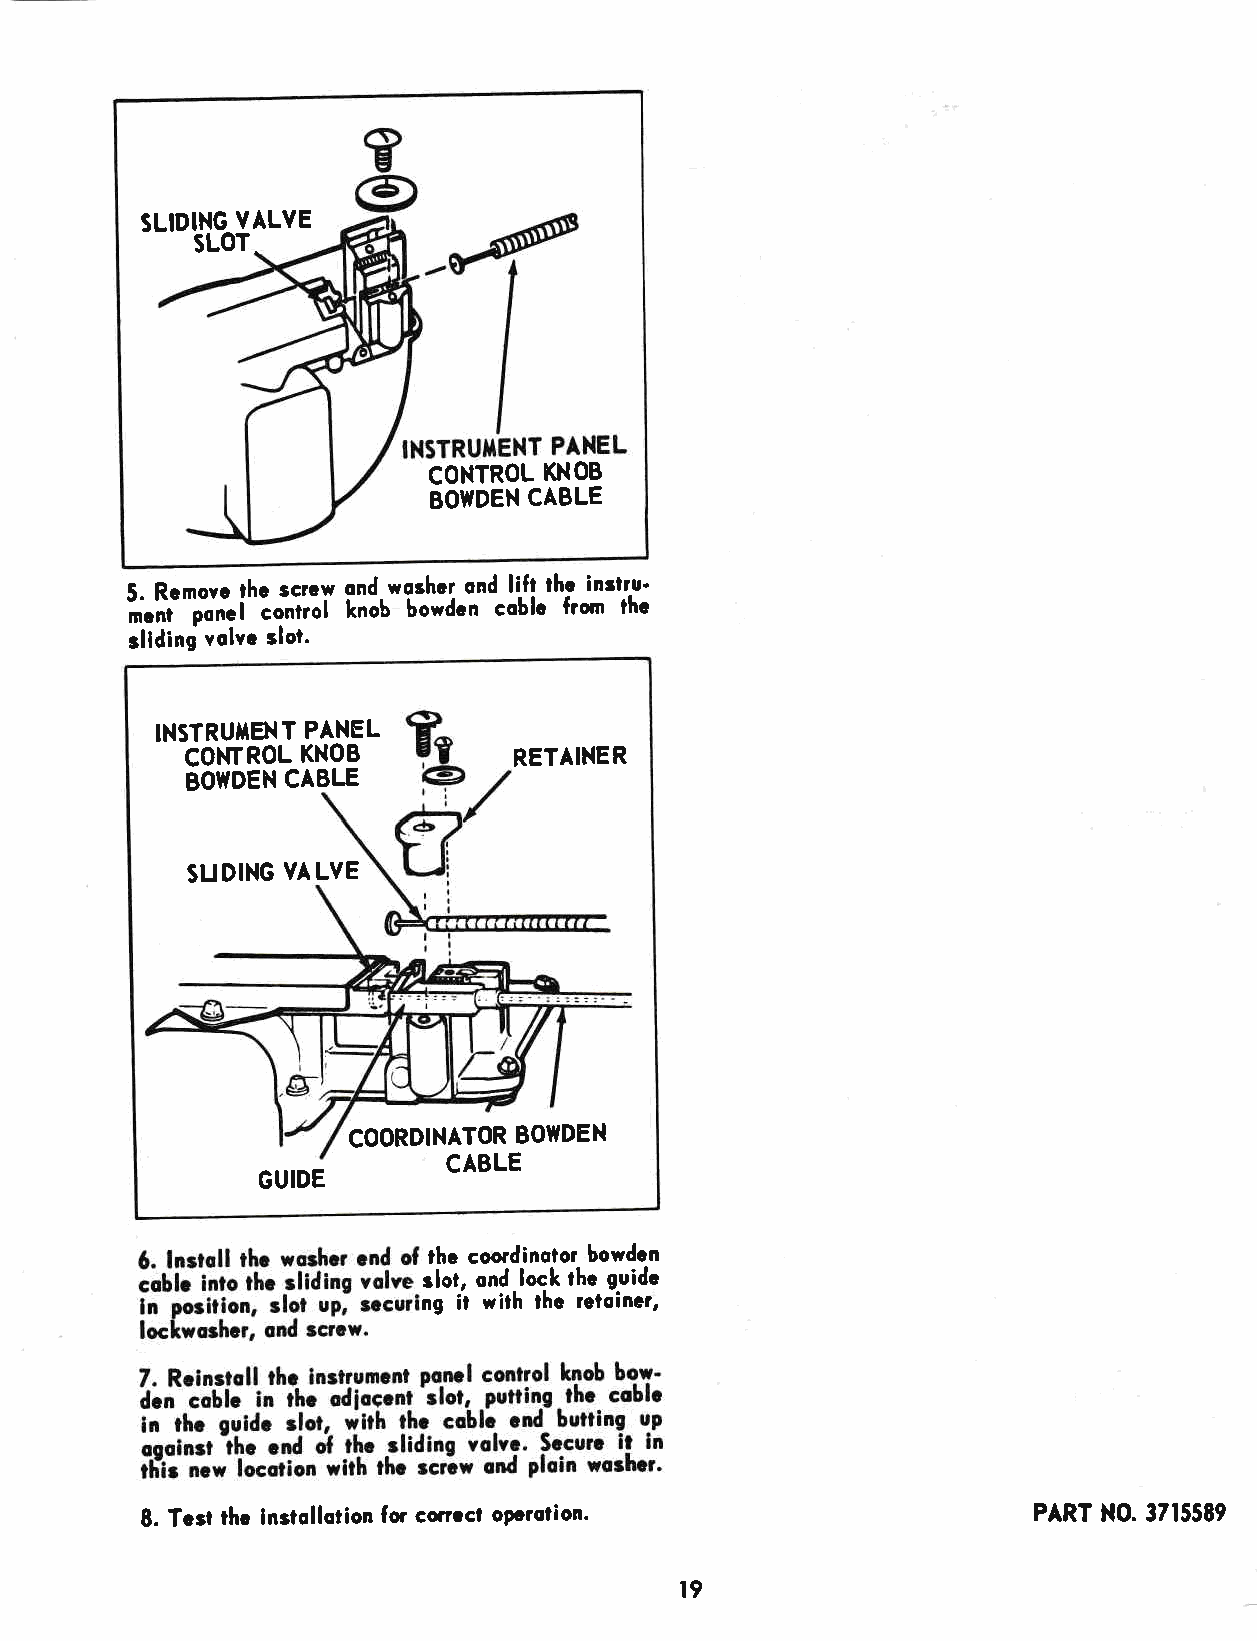
SLIDING VALVE
 SLOT^
 CONTROL KNOB
 BOWDEN CABLE
 5. Rcmovc lhc scrcw ond woshcr ond lift thc instru'
 il;";;i""otrtol knob bowden coblc from thc
 rliding volvc slot.
 INSTRUTENT PANEL
 CONTROL KNOB          RETAINER
 BOWDEN CABLE
 SUDING YALYE
 COORDINATOR BOIIDEN
 CABLE
 GUIDE
 thc coordinolor bowden
 sloi, ond lock thc guidc
 ng it with thc rctoincr,
 8. Tcst thc instollotion for conocl opcroiion'             PART NO. 37t5589
 t9